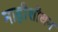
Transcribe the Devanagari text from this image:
नाड़ीशोधन